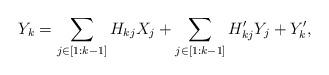
LaTeX: \begin{align*}Y_k=\sum_{j\in [1:k-1]}H_{kj}X_j+\sum_{j\in [1:k-1]}H_{kj}'Y_j+Y_k', \end{align*}